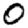
Digit: 0